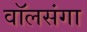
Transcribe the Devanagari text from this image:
वॉलसंगा